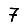
Digit: 7